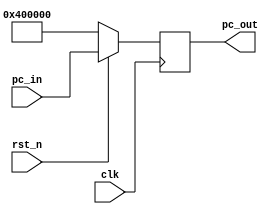
module PC (input clk, rst_n,
           input [31:0] pc_in,
           output reg [31:0] pc_out);
always @(posedge clk) 
begin
  if (!rst_n)
    pc_out <= 32'h00400000;//gia tri khoi tao vi tri PC
  else
    pc_out <= pc_in;
end
endmodule